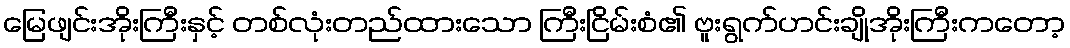
မြေဖျင်းအိုးကြီးနှင့် တစ်လုံးတည်ထားသော ကြီးငြိမ်းစံ၏ ဗူးရွက်ဟင်းချိုအိုးကြီးကတော့